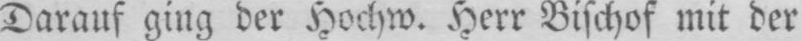
Darauf ging der Hochw. Herr Bischof mit der